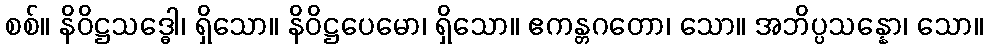
စစ်။ နိဝိဋ္ဌသဒ္ဓေါ၊ ရှိသော။ နိဝိဋ္ဌပေမော၊ ရှိသော။ ဧကန္တဂတော၊ သော။ အဘိပ္ပသန္နော၊ သော။